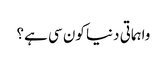
واہماتی دنیا کون سی ہے؟